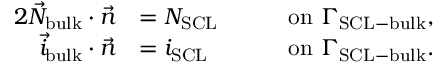
\begin{array} { r l r l } { { 2 } \vec { N } _ { \mathrm { b u l k } } \cdot \vec { n } } & { = N _ { \mathrm { S C L } } \quad } & & { \mathrm { o n } \ \Gamma _ { \mathrm { S C L - b u l k } } , } \\ { \vec { i } _ { \mathrm { b u l k } } \cdot \vec { n } } & { = i _ { \mathrm { S C L } } } & & { \mathrm { o n } \ \Gamma _ { \mathrm { S C L - b u l k } } . } \end{array}